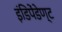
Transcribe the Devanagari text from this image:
इंडिपेंडेण्ट